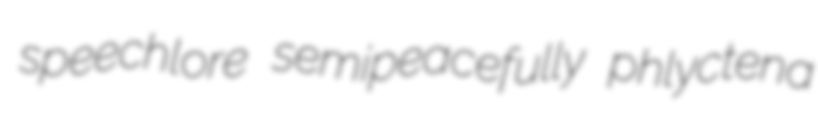
speechlore semipeacefully phlyctena